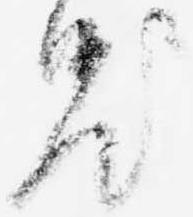
汰